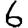
Digit: 6